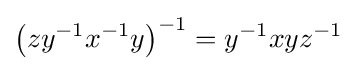
\left(zy^{-1}x^{-1}y\right)^{-1}=y^{-1}xyz^{-1}